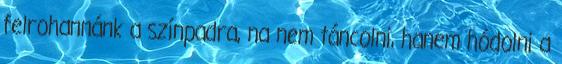
felrohannánk a színpadra, na nem táncolni, hanem hódolni a